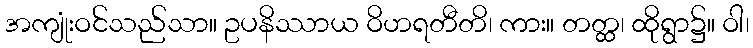
အကျုံးဝင်သည်သာ။ ဥပနိဿာယ ဝိဟရတီတိ၊ ကား။ တတ္ထ၊ ထိုရွာ၌။ ဝါ၊